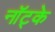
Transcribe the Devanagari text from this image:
नॉट्के